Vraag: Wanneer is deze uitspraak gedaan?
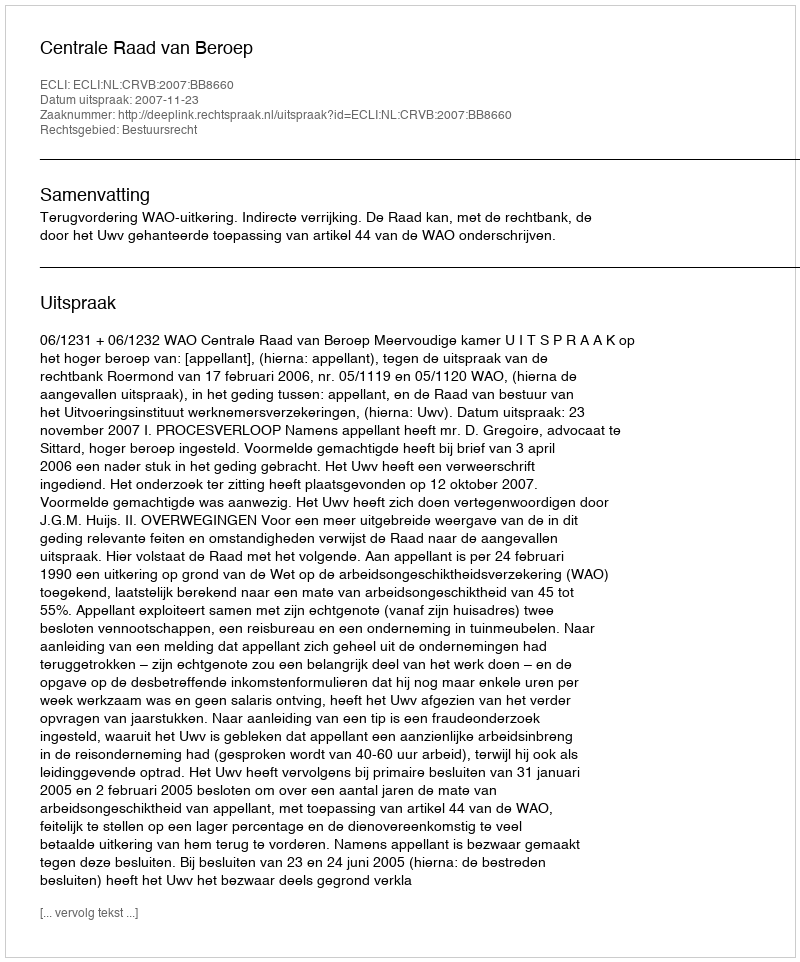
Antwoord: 2007-11-23